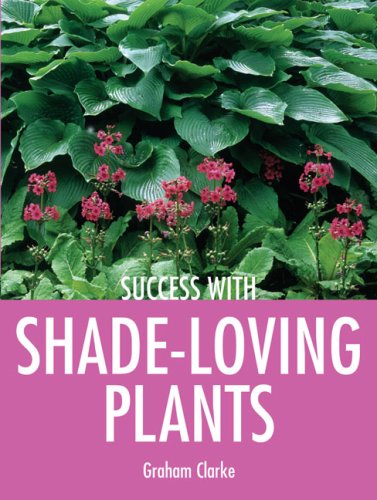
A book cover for Success with Shade-Loving Plants (Success with Gardening); Graham Clarke; Crafts, Hobbies & Home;